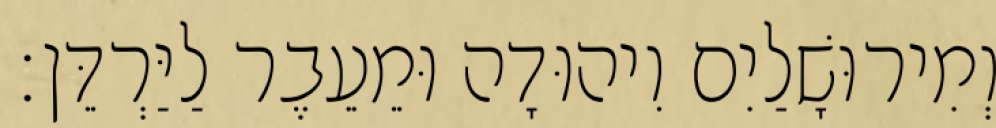
וְמִירוּשָׁלַיִם וִיהוּדָה וּמֵעֵבֶר לַיַּרְדֵּן׃